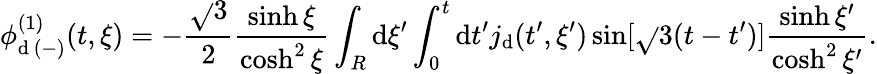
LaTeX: \phi_{\mathrm{d}\, (-)}^{(1)}(t,\xi)=-\frac{{\sqrt{}{{3}}}}{{2}}\frac{{\sinh\xi}}{{\cosh^{2}\xi}}\int_{R}\mathrm{d}\xi^{\prime}\int_{0}^{t}\mathrm{d}t^{\prime}j_{\mathrm{d}}(t^{\prime},\xi^{\prime})\sin[\sqrt{}{{3}}(t-t^{\prime})]\frac{{\sinh\xi^{\prime}}}{{\cosh^{2}\xi^{\prime}}}.